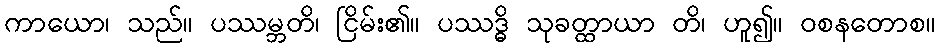
ကာယော၊ သည်။ ပဿမ္ဘတိ၊ ငြိမ်း၏။ ပဿဒ္ဓိ သုခတ္ထာယာ တိ၊ ဟူ၍။ ဝစနတောစ။